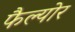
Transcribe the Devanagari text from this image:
फैल्योर